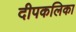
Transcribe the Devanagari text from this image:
दीपकलिका